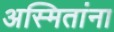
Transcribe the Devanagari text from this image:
अस्मितांना